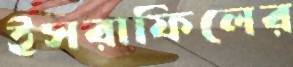
ইসরাফিলের